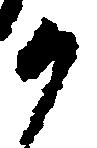
か